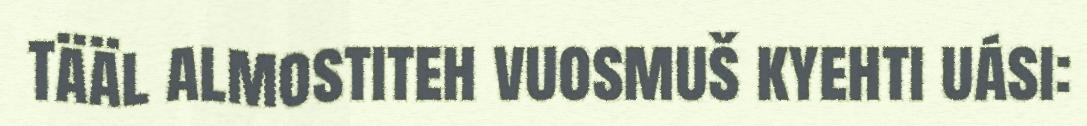
Tääl almostiteh vuosmuš kyehti uási: